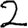
Digit: 2